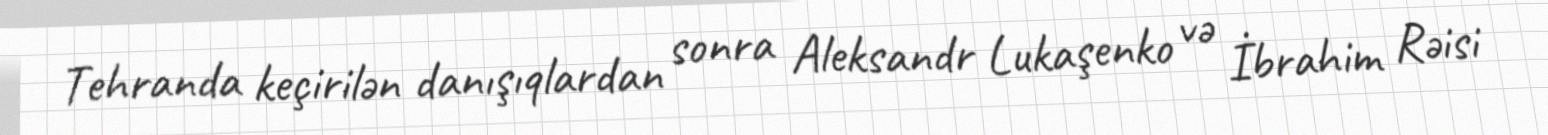
Tehranda keçirilən danışıqlardan sonra Aleksandr Lukaşenko və İbrahim Rəisi